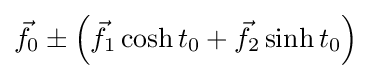
{\vec {f}}_{0}\pm \left({\vec {f}}_{1}\cosh t_{0}+{\vec {f}}_{2}\sinh t_{0}\right)